Report of cholera committee
Disease focus: Cholera
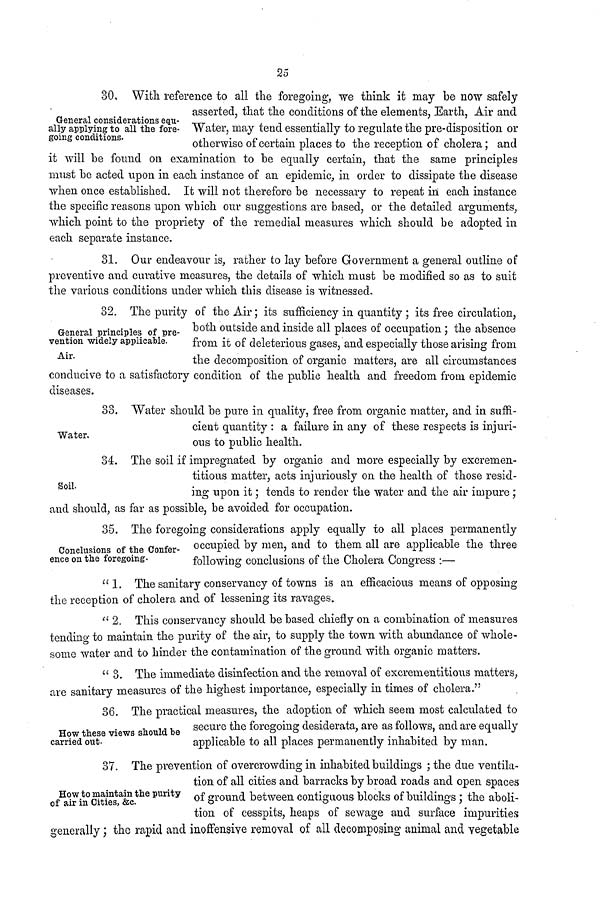
25
General considerations equ-
ally applying to all the fore-
going conditions.
30, With reference to all the foregoing, we think it may be now safely
asserted, that the conditions of the elements. Earth, Air and
Water, may tend essentially to regulate the pre-disposition or
otherwise of certain places to the reception of cholera; and
it will be found on examination to be equally certain, that the same principles
must be acted upon in each instance of an epidemic, in order to dissipate the disease
when once established. It will not therefore be necessary to repeat in each instance
the specific reasons upon which our suggestions are based, or the detailed arguments,
which point to the propriety of the remedial measures which should be adopted in
each separate instance.
31. Our endeavour is, rather to lay before Government a general outline of
preventive and curative measures, the details of which must be modified so as to suit
the various conditions under which this disease is witnessed.
General principles of pre-
vention widely applicable.
Air.
32. The purity of the Air; its sufficiency in quantity ; its free circulation,
both outside and inside all places of occupation ; the absence
from it of deleterious gases, and especially those arising from
the decomposition of organic matters, are all circumstances
conducive to a satisfactory condition of the public health and freedom from epidemic
diseases.
Water,
33. Water should be pure in quality, free from organic matter, and in suffi-
cient quantity : a failure in any of these respects is injuri-
ous to public health.
Soil.
34. The soil if impregnated by organic and more especially by excremen-
titious matter, acts injuriously on the health of those resid-
ing upon it; tends to render the water and the air impure ;
and should, as far as possible, be avoided for occupation.
Conclusions of the Confer-
ence on the foregoing-
35. The foregoing considerations apply equally to all places permanently
occupied by men, and to them all are applicable the three
following conclusions of the Cholera Congress :—
"1. The sanitary conservancy of towns is an efficacious means of opposing
the reception of cholera and of lessening its ravages.
" 2. This conservancy should be based chiefly on a combination of measures
tending to maintain the purity of the air, to supply the town with abundance of whole-
some water and to hinder the contamination of the ground with organic matters.
" 3. The immediate disinfection and the removal of excrementitious matters,
are sanitary measures of the highest importance, especially in times of cholera."
How these views should be
carried out.
36. The practical measures, the adoption of which seem most calculated to
secure the foregoing desiderata, are as follows, and are equally
applicable to all places permanently inhabited by man.
How to maintain the purity
of air in Cities, &c.
37. The prevention of overcrowding in inhabited buildings ; the due ventila-
tion of all cities and barracks by broad roads and open spaces
of ground between contiguous blocks of buildings ; the aboli-
tion of cesspits, heaps of sewage and surface impurities
generally; the rapid and inoffensive removal of all decomposing animal and vegetable